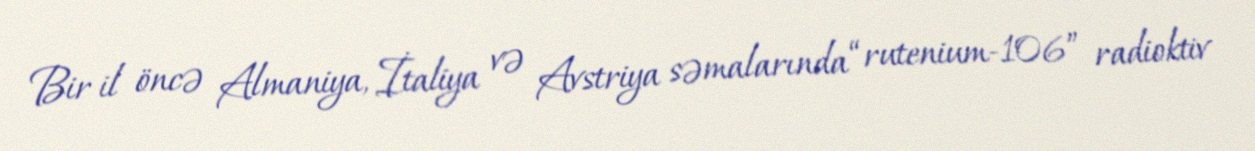
Bir il öncə Almaniya, İtaliya və Avstriya səmalarında “rutenium-106” radioktiv